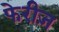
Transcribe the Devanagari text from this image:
फेरीज़